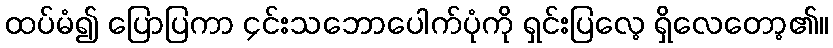
ထပ်မံ၍ ပြောပြကာ ၄င်းသဘောပေါက်ပုံကို ရှင်းပြလေ့ ရှိလေတော့၏။